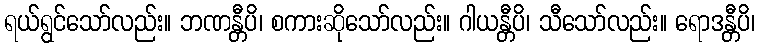
ရယ်ရွင်သော်လည်း။ ဘဏန္တီပိ၊ စကားဆိုသော်လည်း။ ဂါယန္တီပိ၊ သီသော်လည်း။ ရောဒန္တီပိ၊